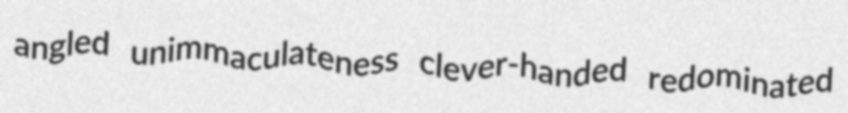
angled unimmaculateness clever-handed redominated